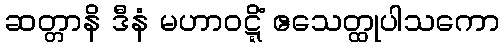
ဆတ္တာနိ ဒီနံ မဟာဝဋ္ဋိံ ဧသေတ္ထုပါသကော